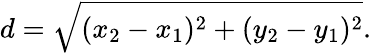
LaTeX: d={\sqrt{(x_{2}-x_{1})^{2}+(y_{2}-y_{1})^{2}}}.